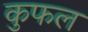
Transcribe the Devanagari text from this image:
कुफल